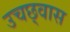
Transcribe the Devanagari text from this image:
उचछ्वास